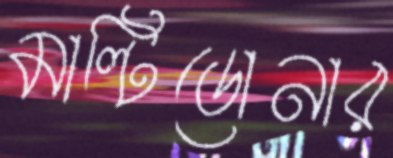
মাল্টিডোনার